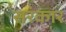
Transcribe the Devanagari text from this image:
सरंकार